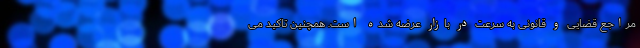
مراجع قضایی و قانونی به سرعت در بازار عرضه شده است. همچنین تاکید می